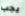
يجب